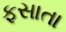
ફસાતા